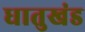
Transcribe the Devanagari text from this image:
धातुखंड